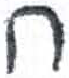
אות: ח